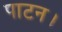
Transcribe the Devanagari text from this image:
पाटन।